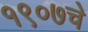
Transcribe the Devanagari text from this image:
१९०७चे